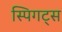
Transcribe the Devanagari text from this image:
स्पिगट्स